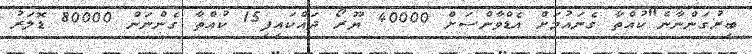
ބިރުގަންނާނެ"ކުއްތާ ގެނައުމަށް އެޑްވާންސަށް 40000 ޔޫރޯ ދައްކައިފި15 ކުއްތާ ގެންނަން 80000 ޑޮލަރު